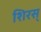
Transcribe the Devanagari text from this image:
शिरस्